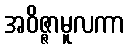
အဝိဇ္ဇာမူလကာ